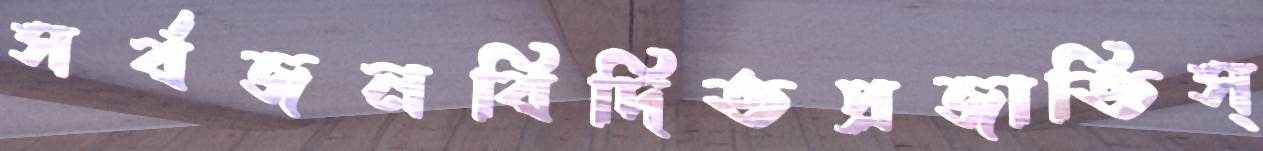
সর্বজনবিদিতপ্রজাতিস্